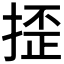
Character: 𢱉